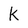
Character: k